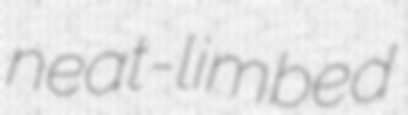
neat-limbed